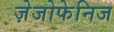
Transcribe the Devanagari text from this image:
ज़ेजोफेनिज